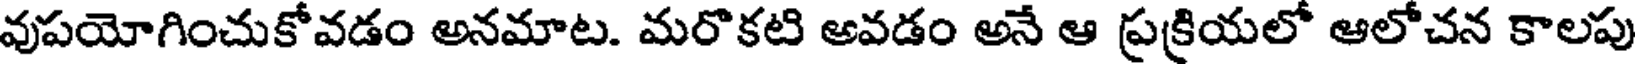
వుపయోగించుకోవడం అనమాట. మరొకటి అవడం అనే ఆ ప్రక్రియలో ఆలోచన కాలపు